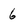
Character: 6